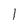
Character: 1